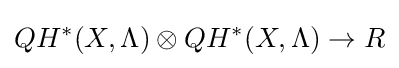
QH^{*}(X,\Lambda )\otimes QH^{*}(X,\Lambda )\to R